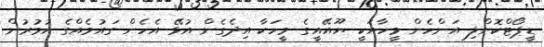
ޑީޕޯޓްކޮށްލި އަންހެން މީހާއަކީ ޔޫއޭއީގެ މީހަކާ އިދެގެން އުޅޭ އެހެން ގައުމެއްގެ އުމުރުން